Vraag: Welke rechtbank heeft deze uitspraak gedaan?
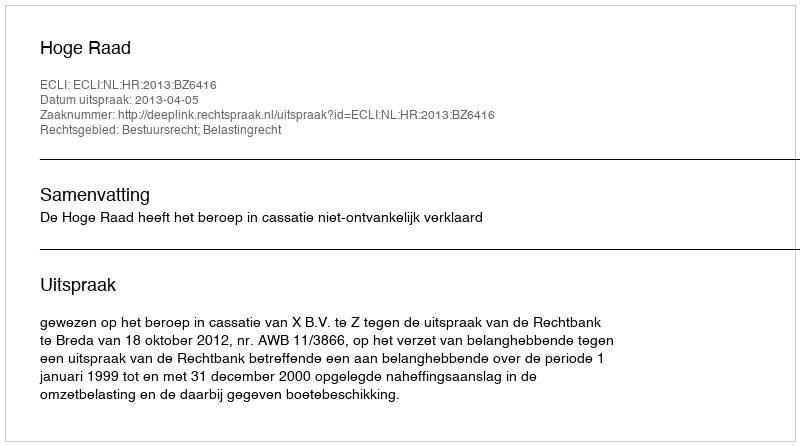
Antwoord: Hoge Raad